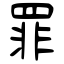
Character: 罪